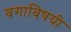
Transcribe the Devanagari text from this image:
वगाविषयी